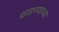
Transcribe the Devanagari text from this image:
धाडण्याच्या